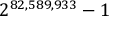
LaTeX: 2 ^ { 8 2 , 5 8 9 , 9 3 3 } - 1